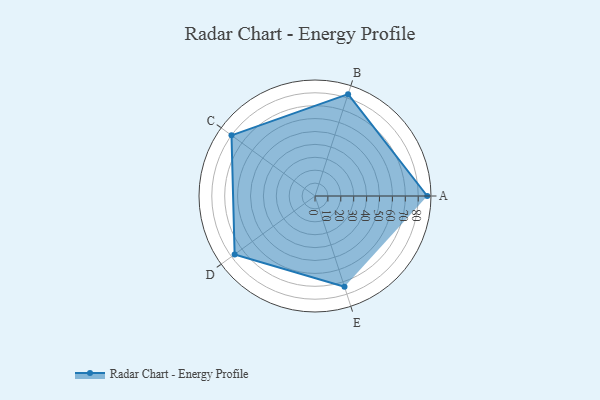
{"axis": {"x": "Skill", "y": "Score"}, "legend": ["Profile"], "data": [{"x": "A", "y": 87.0, "type": "Profile"}, {"x": "B", "y": 83.0, "type": "Profile"}, {"x": "C", "y": 80.0, "type": "Profile"}, {"x": "D", "y": 77.0, "type": "Profile"}, {"x": "E", "y": 74.0, "type": "Profile"}]}